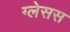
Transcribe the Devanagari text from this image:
ग्लेसस